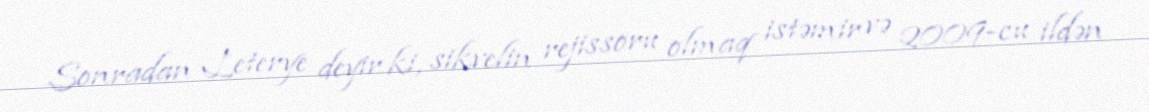
Sonradan Leterye deyir ki, sikvelin rejissoru olmaq istəmir və 2009-cu ildən